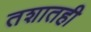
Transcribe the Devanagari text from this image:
तशातही